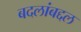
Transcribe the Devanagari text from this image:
बदलांबद्दल